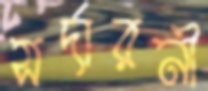
সর্দারনী